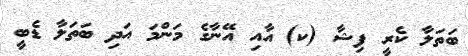
ބަތަލާ ކެރީ ފިޝާ (ކ) އާއި އޭނާގެ މަންމަ އަދި ބަތަލާ ޑެބީ